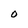
Character: O